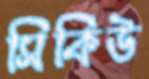
সিকিউ